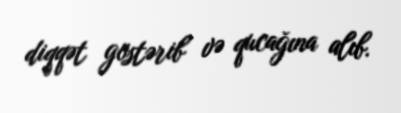
diqqət göstərib və qucağına alıb.